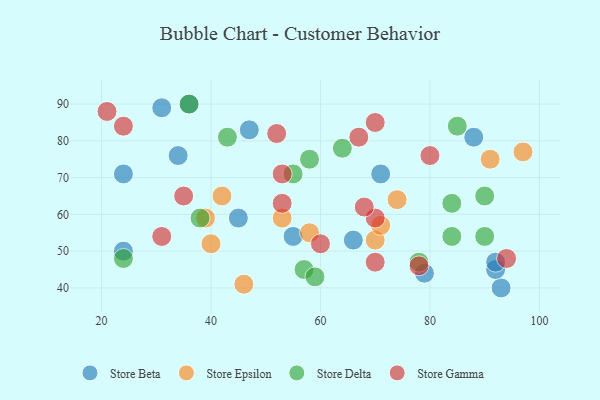
{"axis": {"x": "GDP", "y": "Life Expectancy"}, "legend": ["Store Beta", "Store Delta", "Store Epsilon", "Store Gamma"], "data": [{"x": "93", "y": 40, "type": "Store Beta"}, {"x": "92", "y": 45, "type": "Store Beta"}, {"x": "66", "y": 53, "type": "Store Beta"}, {"x": "34", "y": 76, "type": "Store Beta"}, {"x": "92", "y": 47, "type": "Store Beta"}, {"x": "47", "y": 83, "type": "Store Beta"}, {"x": "79", "y": 44, "type": "Store Beta"}, {"x": "45", "y": 59, "type": "Store Beta"}, {"x": "71", "y": 71, "type": "Store Beta"}, {"x": "24", "y": 71, "type": "Store Beta"}, {"x": "31", "y": 89, "type": "Store Beta"}, {"x": "55", "y": 54, "type": "Store Beta"}, {"x": "36", "y": 90, "type": "Store Beta"}, {"x": "88", "y": 81, "type": "Store Beta"}, {"x": "24", "y": 50, "type": "Store Beta"}, {"x": "53", "y": 59, "type": "Store Epsilon"}, {"x": "70", "y": 53, "type": "Store Epsilon"}, {"x": "74", "y": 64, "type": "Store Epsilon"}, {"x": "39", "y": 59, "type": "Store Epsilon"}, {"x": "91", "y": 75, "type": "Store Epsilon"}, {"x": "46", "y": 41, "type": "Store Epsilon"}, {"x": "40", "y": 52, "type": "Store Epsilon"}, {"x": "71", "y": 57, "type": "Store Epsilon"}, {"x": "58", "y": 55, "type": "Store Epsilon"}, {"x": "97", "y": 77, "type": "Store Epsilon"}, {"x": "42", "y": 65, "type": "Store Epsilon"}, {"x": "38", "y": 59, "type": "Store Delta"}, {"x": "43", "y": 81, "type": "Store Delta"}, {"x": "78", "y": 47, "type": "Store Delta"}, {"x": "90", "y": 65, "type": "Store Delta"}, {"x": "90", "y": 54, "type": "Store Delta"}, {"x": "57", "y": 45, "type": "Store Delta"}, {"x": "36", "y": 90, "type": "Store Delta"}, {"x": "84", "y": 63, "type": "Store Delta"}, {"x": "59", "y": 43, "type": "Store Delta"}, {"x": "24", "y": 48, "type": "Store Delta"}, {"x": "85", "y": 84, "type": "Store Delta"}, {"x": "64", "y": 78, "type": "Store Delta"}, {"x": "55", "y": 71, "type": "Store Delta"}, {"x": "58", "y": 75, "type": "Store Delta"}, {"x": "84", "y": 54, "type": "Store Delta"}, {"x": "70", "y": 47, "type": "Store Gamma"}, {"x": "52", "y": 82, "type": "Store Gamma"}, {"x": "21", "y": 88, "type": "Store Gamma"}, {"x": "80", "y": 76, "type": "Store Gamma"}, {"x": "53", "y": 63, "type": "Store Gamma"}, {"x": "70", "y": 59, "type": "Store Gamma"}, {"x": "53", "y": 71, "type": "Store Gamma"}, {"x": "78", "y": 46, "type": "Store Gamma"}, {"x": "24", "y": 84, "type": "Store Gamma"}, {"x": "35", "y": 65, "type": "Store Gamma"}, {"x": "68", "y": 62, "type": "Store Gamma"}, {"x": "70", "y": 85, "type": "Store Gamma"}, {"x": "60", "y": 52, "type": "Store Gamma"}, {"x": "31", "y": 54, "type": "Store Gamma"}, {"x": "67", "y": 81, "type": "Store Gamma"}, {"x": "94", "y": 48, "type": "Store Gamma"}]}